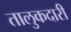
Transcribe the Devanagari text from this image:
तालुकदारी